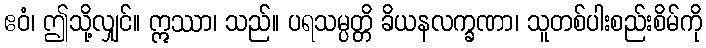
ဧဝံ၊ ဤသို့လျှင်။ ဣဿာ၊ သည်။ ပရသမ္ပတ္တိ ခိယနလက္ခဏာ၊ သူတစ်ပါးစည်းစိမ်ကို